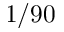
1 / 9 0